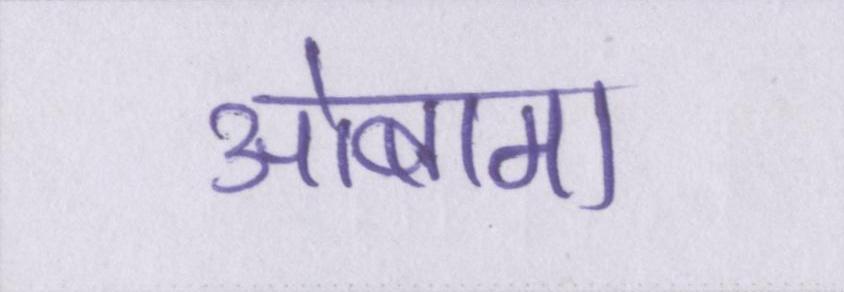
ओबामा